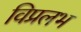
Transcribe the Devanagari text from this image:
विप्रलभ